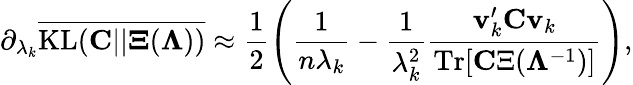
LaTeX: \partial_{\lambda_{k}}\overline{{\mathrm{KL}({\mathbf C}||{\mathbf\Xi}({\mathbf\Lambda}))}}\approx\frac{1}{2}\left(\frac{1}{n\lambda_{k}}-\frac{1}{\lambda_{k}^{2}}\frac{{\mathbf v}_{k}^{\prime}{\mathbf C}{\mathbf v}_{k}}{\mathrm{Tr}[{\mathbf C\Xi}({\mathbf\Lambda}^{-1})]}\right),